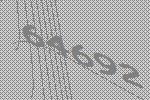
64692